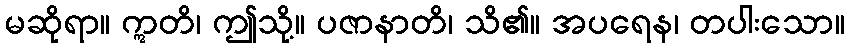
မဆိုရာ။ ဣတိ၊ ဤသို့။ ပဇာနာတိ၊ သိ၏။ အပရေန၊ တပါးသော။